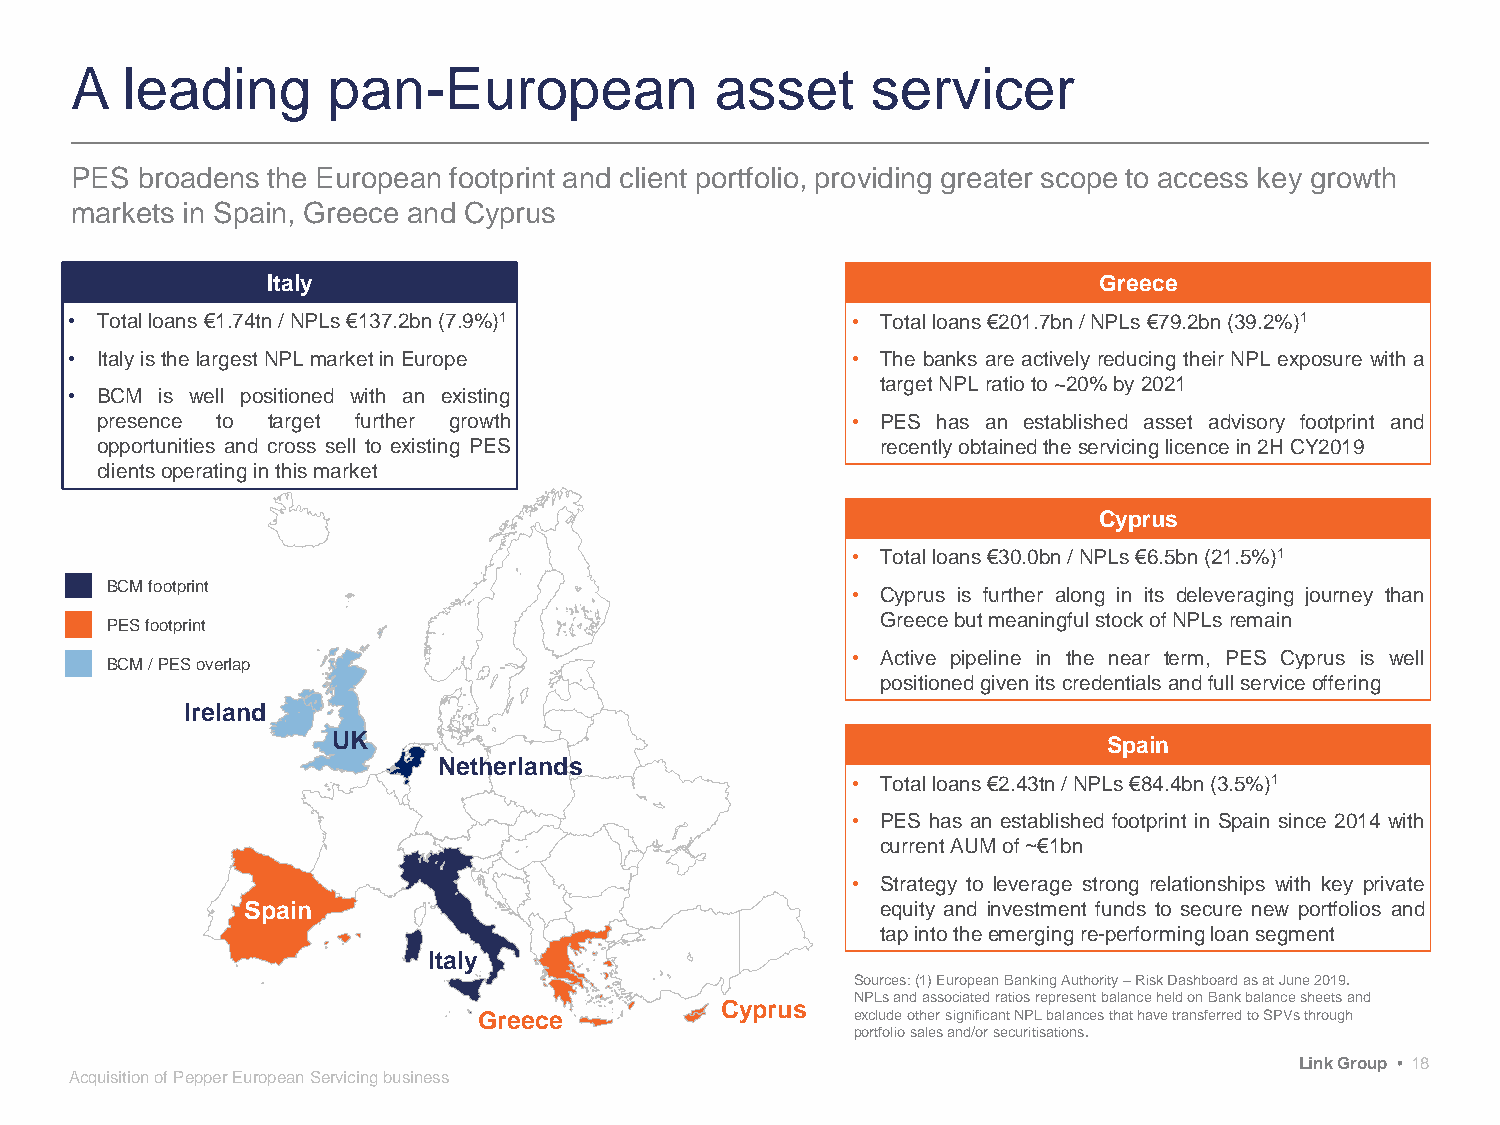
A  leading       pan-European             asset      servicer
 PES broadens the European footprint and client portfolio, providing greater scope to access key growth
 markets in Spain, Greece and Cyprus
 Italy                                                  Greece
 • Totalloans€1.74tn/NPLs€137.2bn(7.9%)1            • Totalloans€201.7bn/NPLs€79.2bn(39.2%)1
 • ItalyisthelargestNPLmarketinEurope               • The banks are actively reducing their NPL exposure with a
 targetNPLratioto~20%by2021
 • BCM is well positioned with an existing
 presence to target further growth                 • PES has an established asset advisory footprint and
 opportunities and cross sell to existing PES        recentlyobtainedtheservicinglicencein2HCY2019
 clientsoperatinginthismarket
 Cyprus
 • Totalloans€30.0bn/NPLs€6.5bn(21.5%)1
 BCM footprint
 • Cyprus is further along in its deleveraging journey than
 GreecebutmeaningfulstockofNPLsremain
 PES footprint
 • Active pipeline in the near term, PES Cyprus is well
 BCM / PES overlap
 positionedgivenitscredentialsandfullserviceoffering
 Ireland
 UK                                                 Spain
 Netherlands
 • Totalloans€2.43tn/NPLs€84.4bn(3.5%)1
 • PES has an established footprint in Spain since 2014 with
 currentAUMof~€1bn
 • Strategy to leverage strong relationships with key private
 Spain                                     equity and investment funds to secure new portfolios and
 tapintotheemergingre-performingloansegment
 Italy
 Sources: (1) European Banking Authority –Risk Dashboard as at June 2019.
 NPLs and associated ratios represent balance held on Bank balance sheets and
 Cyprus
 Greece                   exclude other significant NPL balances that have transferred to SPVs through
 portfolio sales and/or securitisations.
 Link Group • 18
 Acquisition of Pepper European Servicing business